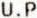
U.P